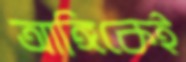
আঙ্গিকেই